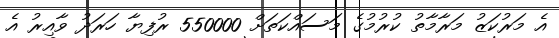
އެ މަރުކަޒު މަރާމާތު ކުރުމުގެ މަސައްކަތަށް 550000 ރުފިޔާ ހަރަދު ވާއިރު އެ